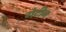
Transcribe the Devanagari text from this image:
गेटीन